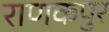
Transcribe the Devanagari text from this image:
राणकपुर